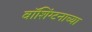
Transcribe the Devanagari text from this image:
वॉशिंग्टनाच्या